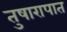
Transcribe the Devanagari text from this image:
तुषारापात